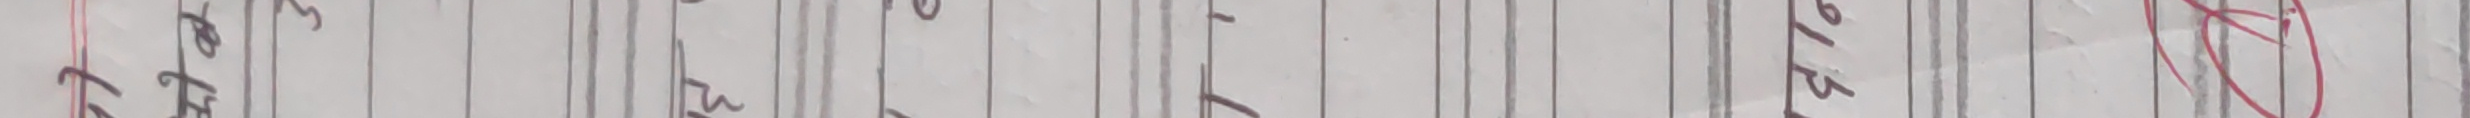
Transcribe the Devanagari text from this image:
पपठठईईववननककभभररपनररईईभभपपररववबबभभफफररईईपपजजननईईववभभपपईईबबररममपपईईबबररककईईननररबबममजजपररईईबबककररबबननईईपपररककपपररननईईबबककररबभईईजजननईईबभपपररववबबजजननईईबबफफननररबबईईररजजनपपईईबबररपपजजननईईबभपपररववबबजजननईईबबफफननररबबईईररजजनपपईईबबररठठईई